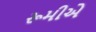
રૂમીએ